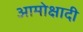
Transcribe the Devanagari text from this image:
आमोक्षादी